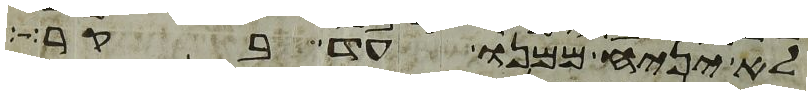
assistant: לא יניח ממנו עד בקר